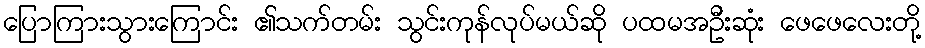
ပြောကြားသွားကြောင်း ၏သက်တမ်း သွင်းကုန်လုပ်မယ်ဆို ပထမအဦးဆုံး ဖေဖေလေးတို့